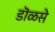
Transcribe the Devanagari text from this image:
डॊळसे